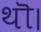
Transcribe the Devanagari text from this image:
थॊ।